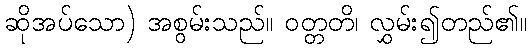
ဆိုအပ်သော) အစွမ်းသည်။ ဝတ္တတိ၊ လွှမ်း၍တည်၏။